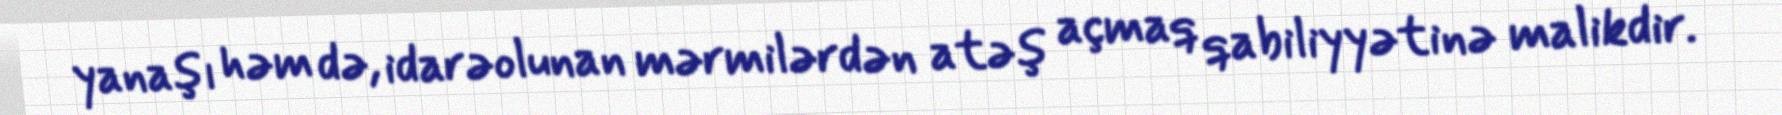
yanaşı həm də, idarəolunan mərmilərdən atəş açmaq qabiliyyətinə malikdir.